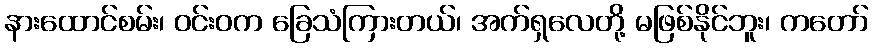
နားထောင်စမ်း၊ ဝင်းဝက ခြေသံကြားတယ်၊ အက်ရှလေတို့ မဖြစ်နိုင်ဘူး၊ ကတော်